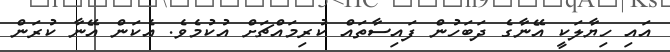
އައި ހިޔާލަކީ އޭނާގެ ދަބަހުން ފައިސާތައް ކުރިމައްޗަށް އުކުމެވެ. އެކަން އޭނާ ކުރަން